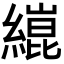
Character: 𦄬